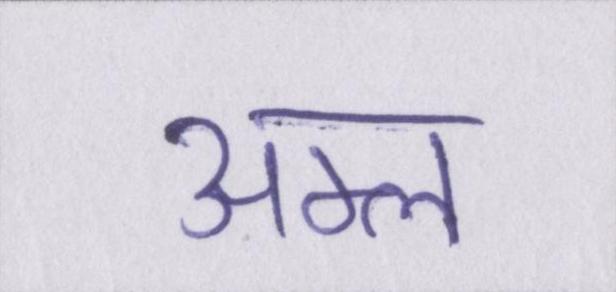
अम्ल